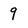
Character: 9